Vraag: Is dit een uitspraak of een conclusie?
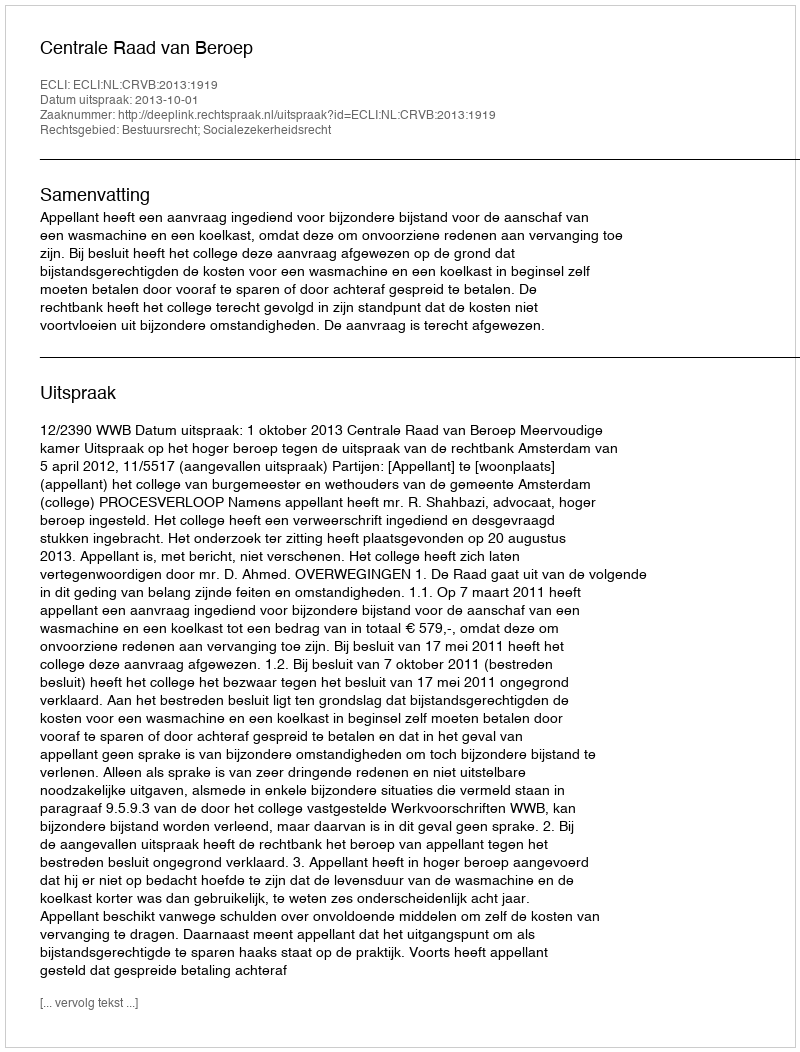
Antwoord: Uitspraak